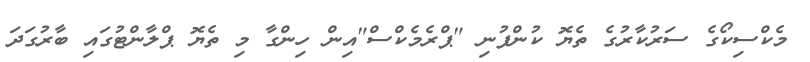
މެކްސިކޯގެ ސަރުކާރުގެ ތެޔޮ ކުންފުނި "ޕްރެމެކްސް"އިން ހިންގާ މި ތެޔޮ ޕްލާންޓުގައި ބާރުގަދަ